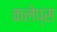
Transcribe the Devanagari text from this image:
कलेप्स